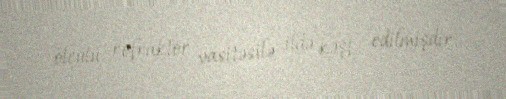
ölçülü refraktor vasitəsilə ildə kəşf edilmişdir.